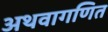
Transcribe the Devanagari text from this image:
अथवागणित